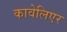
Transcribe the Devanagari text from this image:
कावेलिएर